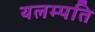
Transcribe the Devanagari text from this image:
यलम्पति